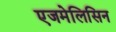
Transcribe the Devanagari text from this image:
एजमेलिसिन